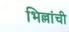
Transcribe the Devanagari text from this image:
भिल्लांची